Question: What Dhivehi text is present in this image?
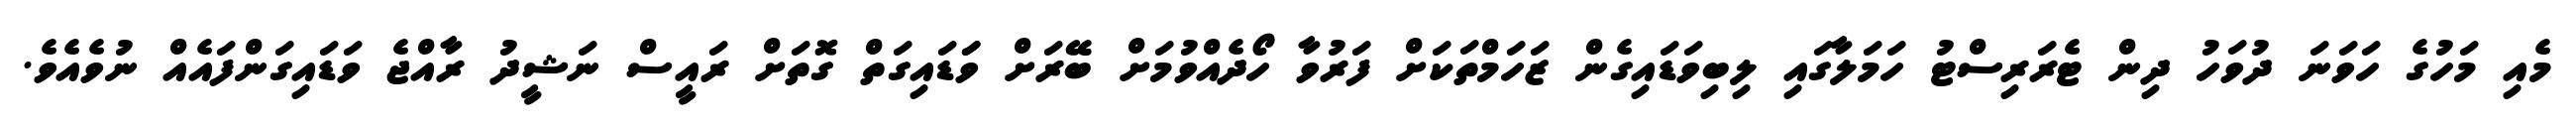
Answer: މެއި މަހުގެ ހަވަނަ ދުވަހު ދިން ޓެރަރިސްޓު ހަމަލާގައި ލިބިވަޑައިގެން ޒަހަމްތަކަށް ފަރުވާ ހޯދެއްވުމަށް ބޭރަށް ވަަޑައިގަތް ގޮތަށް ރައީސް ނަޝީދު ރާއްޖެ ވަޑައިގަންފައެއް ނުވެއެވެ.